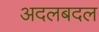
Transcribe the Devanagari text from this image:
अदलबदल